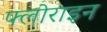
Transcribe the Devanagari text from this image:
फ्लोराइन